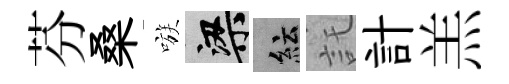
芬桑嗾梁紜託計羔